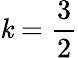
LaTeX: \mathit{k}=\frac{{3}}{{2}}